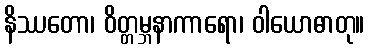
နိဿတော၊ ဝိတ္တမ္ဘနာကာရော၊ ဝါယောဓာတု။